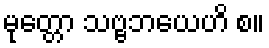
မုတ္တော သဗ္ဗဘယေဟိ စ။